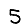
Digit: 5